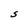
Character: S